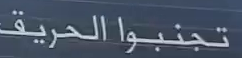
تجنبواالحريق